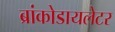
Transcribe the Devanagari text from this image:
ब्रांकोडायलेटर